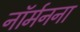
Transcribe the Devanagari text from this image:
नॉर्मनना